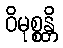
ဝိမုစ္စန္တိ